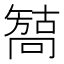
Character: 𰈳